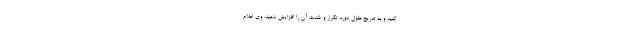
کنید و به تدریج طول دوره، تکرار و شدت ‌آن را افزایش دهید. وی اعلام